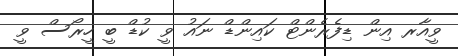
ވީއާރ އިން ޑިފެރެންޓް ކައިންޑް ނައު ވީ ކުޑް ބީ ހީރޯސް ވީ